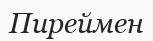
Пиреймен